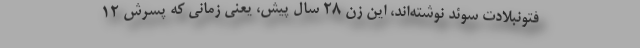
فتونبلادت سوئد نوشته‌اند، این زن ۲۸ سال پیش، یعنی زمانی که پسرش ۱۲